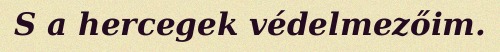
S a hercegek védelmezőim.